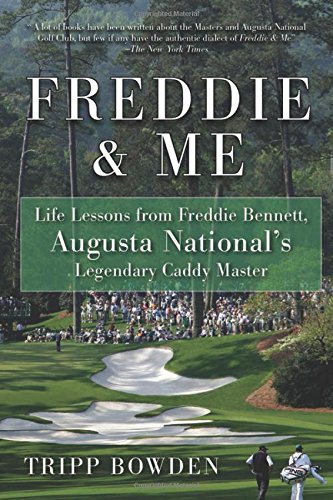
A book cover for Freddie & Me: Life Lessons from Freddie Bennett, Augusta National's Legendary Caddy Master; Tripp Bowden; Biographies & Memoirs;